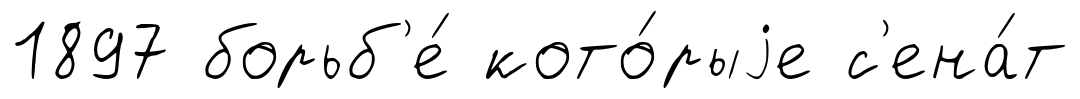
1897 борьб'е́ кото́рыjе с'ена́т